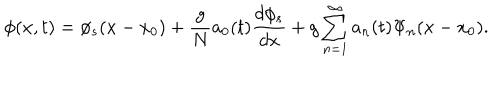
LaTeX: \phi ( x , t ) = \phi _ { s } ( x - x _ { 0 } ) + \frac { g } { N } a _ { 0 } ( t ) \frac { d \phi _ { s } } { d x } + g \sum _ { n = 1 } ^ { \infty } a _ { n } ( t ) \Psi _ { n } ( x - x _ { 0 } ) .